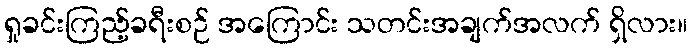
ရှုခင်းကြည့်ခရီးစဉ် အကြောင်း သတင်းအချက်အလက် ရှိလား။